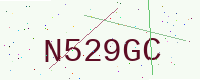
Text: N529GC